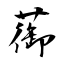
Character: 蓹